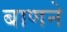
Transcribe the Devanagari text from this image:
बाणने